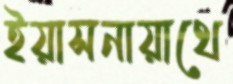
ইয়াসনায়াথে